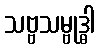
သဗ္ဗသမ္ဗုဒ္ဓါ